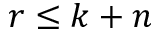
r \le k + n